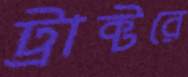
ট্রাক্টরে